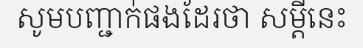
សូមបញ្ជាក់ផងដែរថា សម្តីនេះ